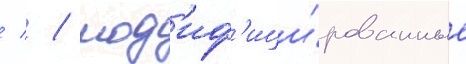
  / мод'иф'ици́рованные